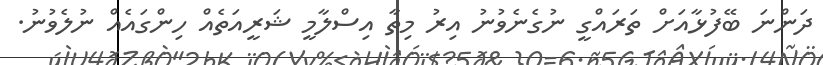
ދަންނަ ބޭފުޅާއަށް ތަރައްގީ ނުގެނެވުނު އިރު މިތާ އިސްލާމީ ޝަރީއަތެއް ހިންގައެއް ނުލެވުނު.